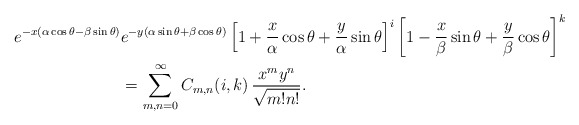
\begin{align*}\begin{aligned}e^{-x(\alpha\cos\theta-\beta \sin\theta)}&e^{-y(\alpha\sin \theta+\beta \cos \theta)}\left[1+\frac{x}{\alpha}\cos\theta+\frac{y}{\alpha}\sin\theta\right]^{i}\left[1-\frac{x}{\beta}\sin\theta+\frac{y}{\beta}\cos\theta\right]^{k}\\&=\sum_{m,n=0}^{\infty}C_{m,n}(i,k)\,\frac{x^{m}y^{n}}{\sqrt{m!n!}}.\end{aligned}\end{align*}